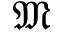
\mathfrak { M }